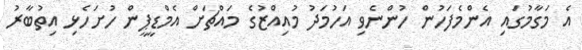
އެ މަގާމުގައި އެންމެފަހުން ހުންނެވި އަހުމަދު މުއިއްޒުގެ މައްޗަށް އެމްޑީޕީން ހުށަހެޅި އިތުބާރު